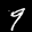
Label: 9